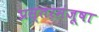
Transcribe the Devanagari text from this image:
प्रस्तरमंजूषा